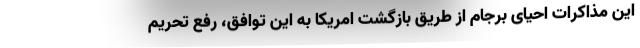
این مذاکرات احیای برجام از طریق بازگشت امریکا به این توافق، رفع تحریم